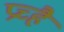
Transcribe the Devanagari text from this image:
प्रच्है